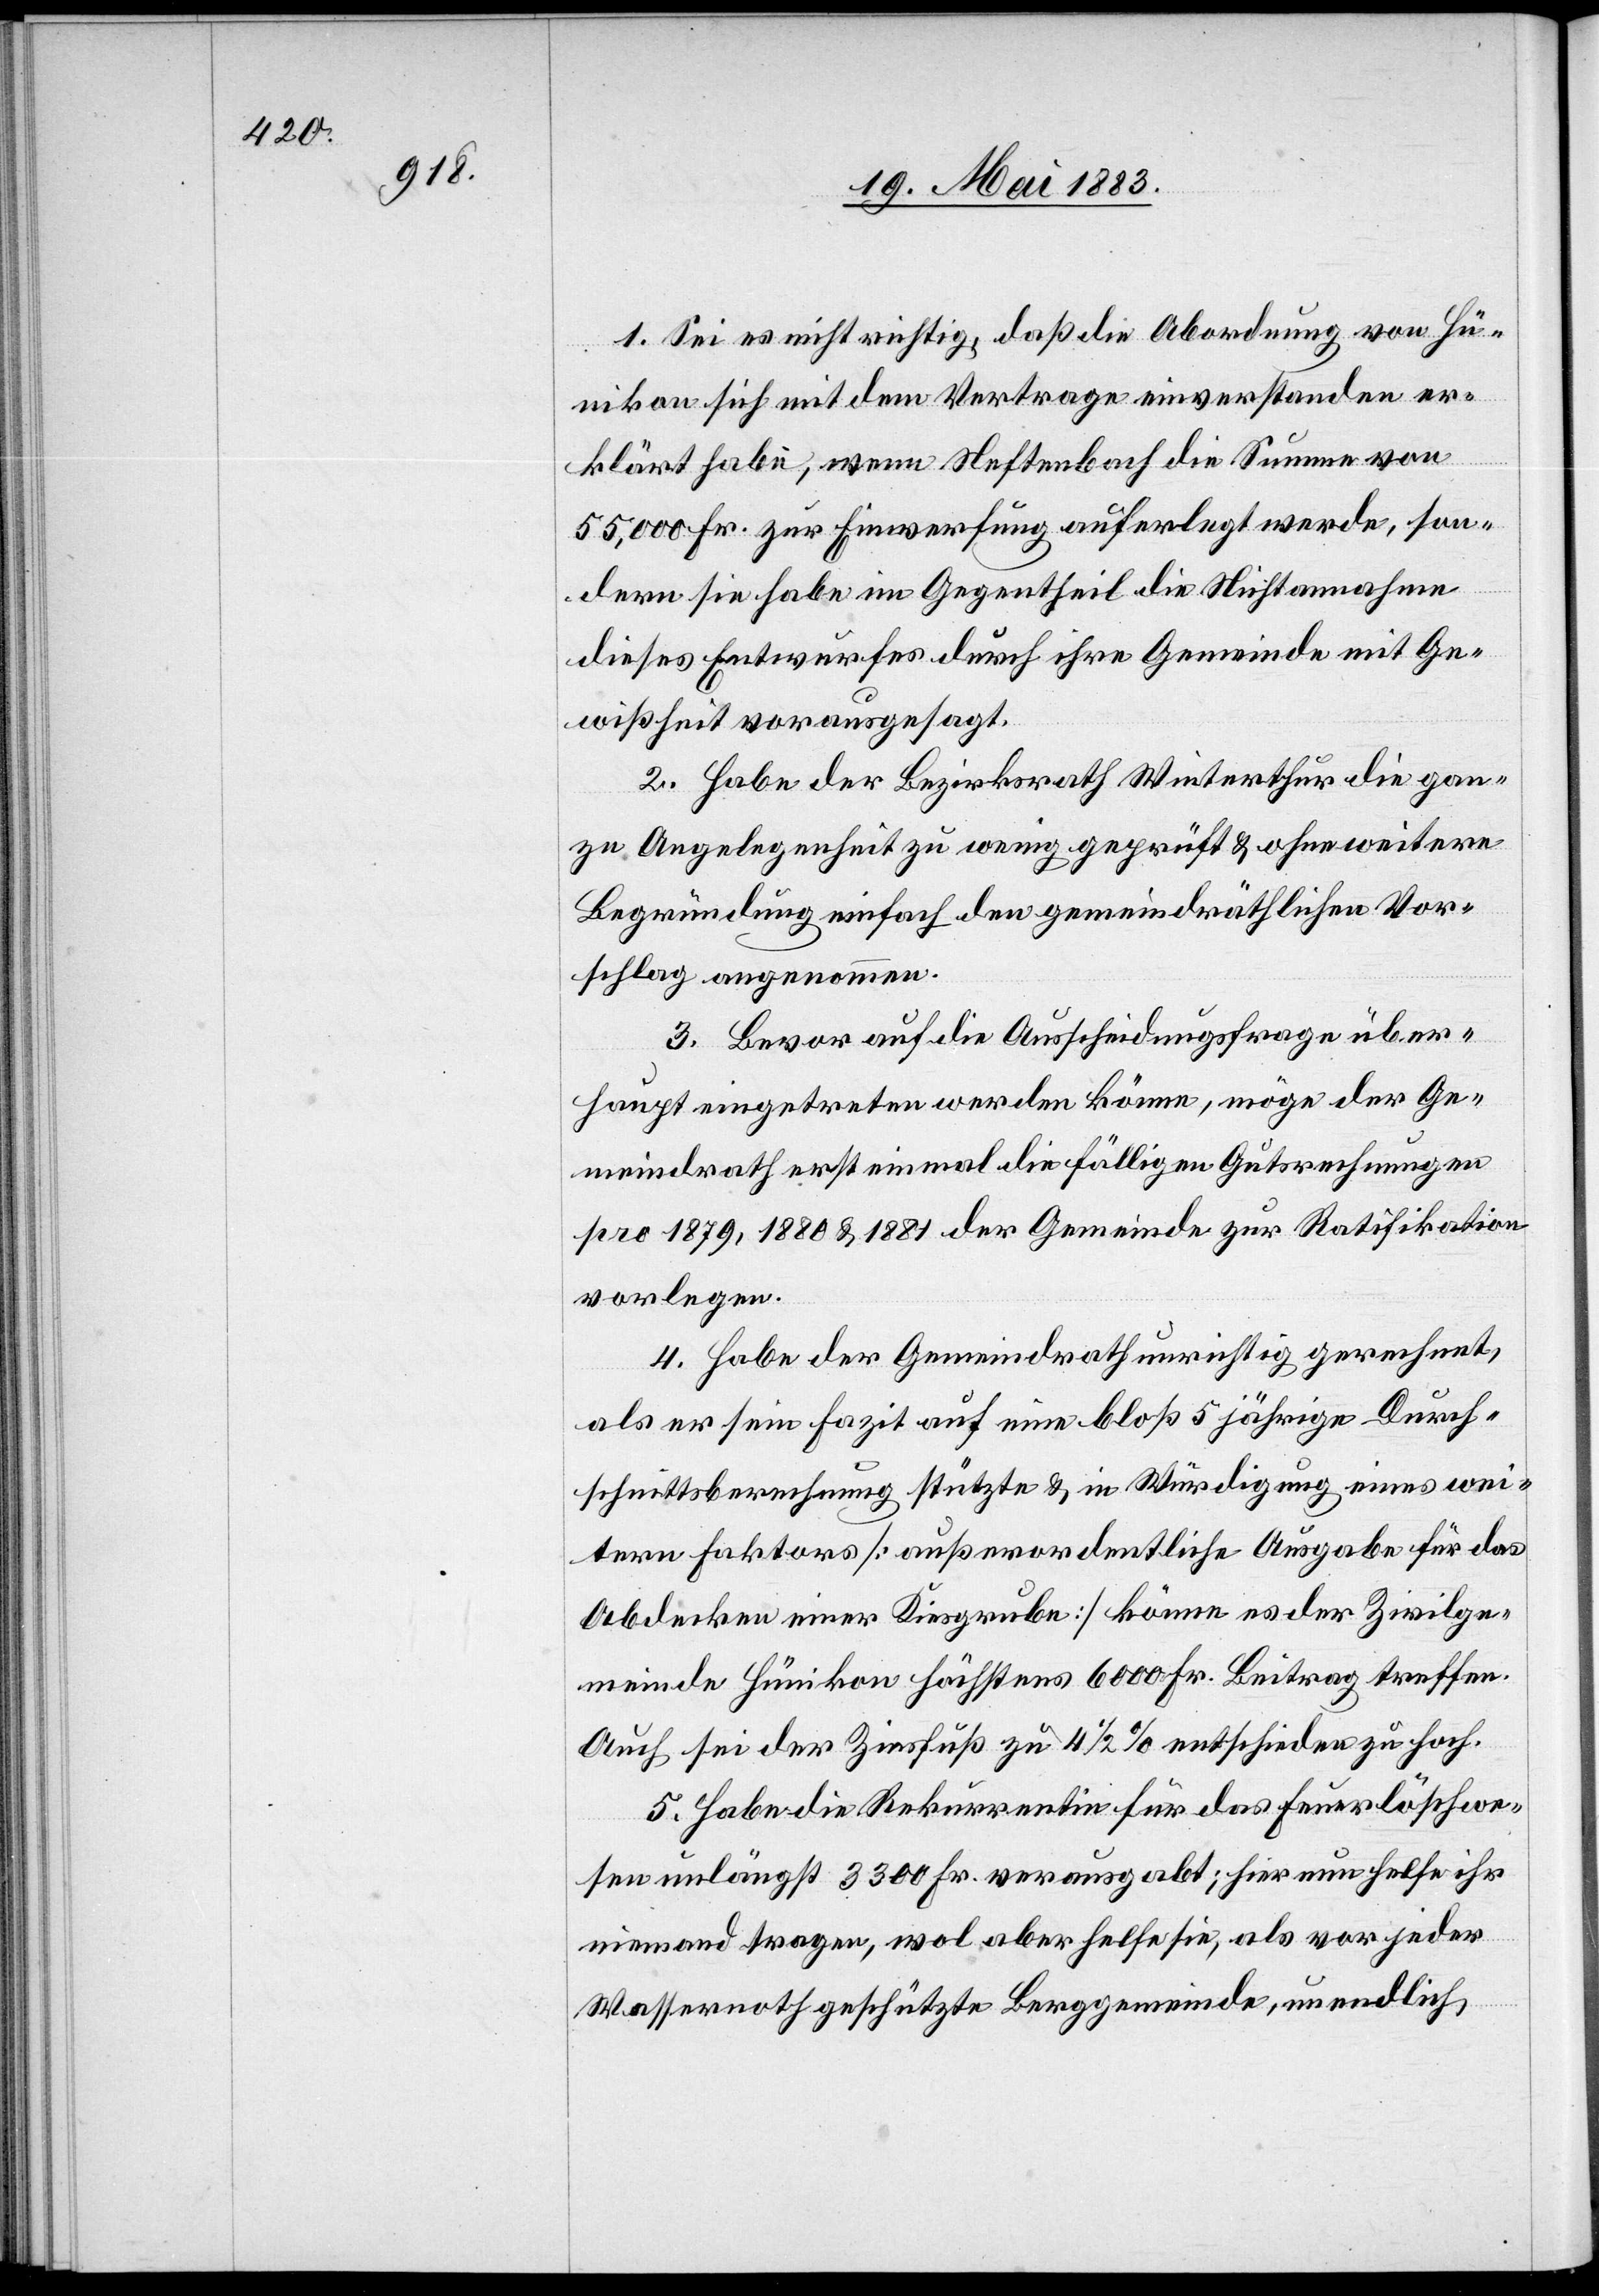
1. Sei es nicht richtig, daß die Abordnung von Hü¬
nikon sich mit dem Vertrage einverstanden er¬
klärt habe, wenn Neftenbach die Summe von
55,000 Fr. zur Einwerfung auferlegt werde, son¬
dern sie habe im Gegentheil die Nichtannahme
dieses Entwurfes durch ihre Gemeinde mit Ge¬
wissheit vorausgesagt.
2. Habe der Bezirksrath Winterthur die gan¬
ze Angelegenheit zu wenig geprüft & ohne weitere
Begründung einfach den gemeindräthlichen Vor¬
schlag angenommen.
3. Bevor auf die Ausscheidungsfrage über¬
haupt eingetreten werden könne, möge der Ge¬
meindrath erst einmal die fälligen Gutsrechnungen
pro 1879, 1880 & 1881 der Gemeinde zur Ratifikation
vorlegen.
4. Habe der Gemeindrath unrichtig gerechnet,
als er sein Fazit auf eine bloß 5 jährige Durch¬
schnittsberechnung stützte & in Würdigung eines wei¬
tern Faktors [außerordentliche Ausgabe für das
Abdecken einer Kiesgrube] könne es der Zivilge¬
meinde Hünikon höchstens 6000 Fr. Beitrag treffen.
Auch sei der Zinsfuß zu 4 1/2% entschieden zu hoch.
5. Habe die Rekurrentin für das Feuerlöschwe¬
sen unlängst 3300 Fr. verausgabt; als vor jeder
Wassernoth geschützte Berggemeinde, unendlich